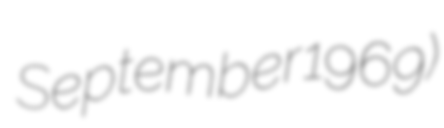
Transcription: September  1969)